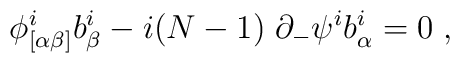
\phi^i_{[\alpha \beta]} b^i_\beta - i(N-1)\;\partial_-\psi^i b^i_\alpha= 0 \;,